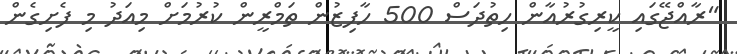
"ރާއްޖޭގައި ކީރިގުރުއާން ހިތުދަސް 500 ހާފިޒުން ތަމްރީން ކުރުމަށް މިއަދު މި ފެށިގެން